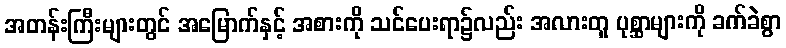
အတန်းကြီးများတွင် အမြောက်နှင့် အစားကို သင်ပေးရာ၌လည်း အလားတူ ပုစ္ဆာများကို ခက်ခဲစွာ